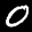
Label: 0